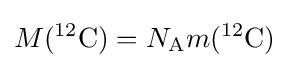
M({}^{12}{\text{C}})=N_{\text{A}}m({}^{12}{\text{C}})